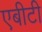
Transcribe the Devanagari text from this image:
एबीटी